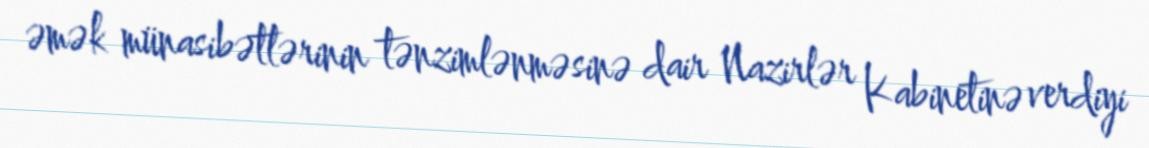
əmək münasibətlərinin tənzimlənməsinə dair Nazirlər Kabinetinə verdiyi